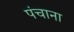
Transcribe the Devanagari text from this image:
पंचाना